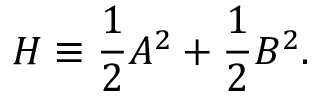
{ \cal H } \equiv { \frac { 1 } { 2 } } { \cal A } ^ { 2 } + { \frac { 1 } { 2 } } { \cal B } ^ { 2 } .